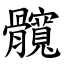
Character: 髖